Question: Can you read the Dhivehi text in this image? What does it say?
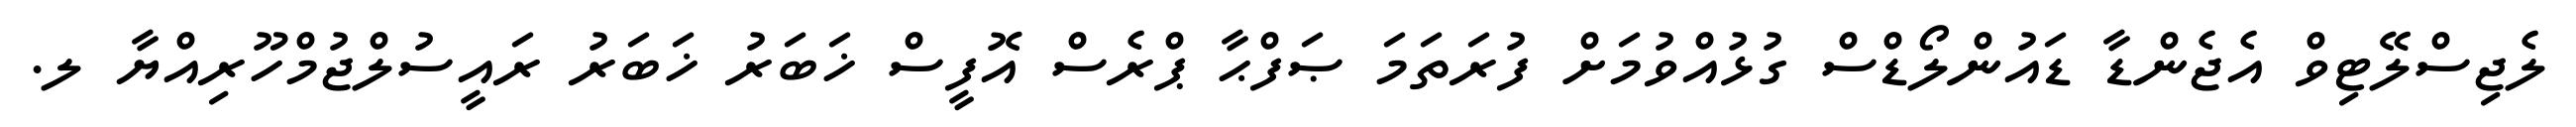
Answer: ލެޖިސްލޭޓިވް އެޖެންޑާ ޑައުންލޯޑްސް ގުޅުއްވުމަށް ފުރަތަމަ ޞަފްޙާ ޕްރެސް އޮފީސް ޚަބަރު ޚަބަރު ރައީސުލްޖުމްހޫރިއްޔާ ލ.